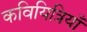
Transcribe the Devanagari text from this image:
कवियित्रियाँ